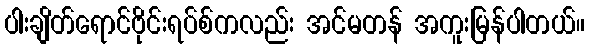
ပါးချိတ်ရောင်ဗိုင်းရပ်စ်ကလည်း အင်မတန် အကူးမြန်ပါတယ်။